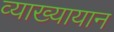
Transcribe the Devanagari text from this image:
व्याख्यायान